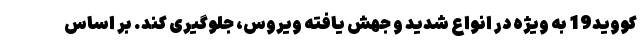
کووید19 به ویژه در انواع شدید و جهش یافته ویروس، جلوگیری کند. بر اساس